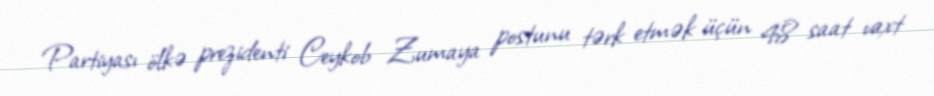
Partiyası ölkə prezidenti Ceykob Zumaya postunu tərk etmək üçün 48 saat vaxt